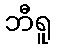
ဘီရူ